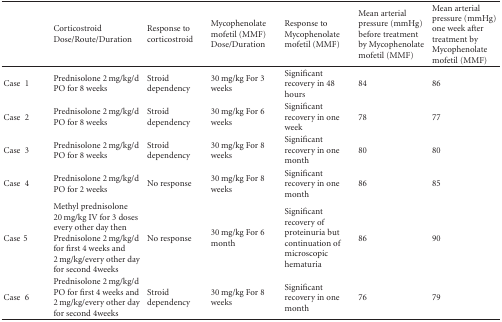
<table><thead><tr><td></td><td><b>Corticostroid Dose/Route/Duration</b></td><td><b>Response to corticostroid</b></td><td><b>Mycophenolate mofetil (MMF) Dose/Duration</b></td><td><b>Response to Mycophenolate mofetil (MMF)</b></td><td><b>Mean arterial pressure (mmHg) before treatment by Mycophenolate mofetil (MMF)</b></td><td><b>Mean arterial pressure (mmHg) one week after treatment by Mycophenolate mofetil (MMF)</b></td></tr></thead><tbody><tr><td>Case1</td><td>Prednisolone 2 mg/kg/d PO for 8 weeks</td><td>Stroid dependency</td><td>30 mg/kg For 3 weeks</td><td>Significant recovery in 48 hours</td><td>84</td><td>86</td></tr><tr><td>Case2</td><td>Prednisolone 2 mg/kg/d PO for 8 weeks</td><td>Stroid dependency</td><td>30 mg/kg For 6 weeks</td><td>Significant recovery in one week</td><td>78</td><td>77</td></tr><tr><td>Case3</td><td>Prednisolone 2 mg/kg/d PO for 8 weeks</td><td>Stroid dependency</td><td>30 mg/kg For 8 weeks</td><td>Significant recovery in one month</td><td>80</td><td>80</td></tr><tr><td>Case4</td><td>Prednisolone 2 mg/kg/d PO for 2 weeks</td><td>No response</td><td>30 mg/kg For 8 weeks</td><td>Significant recovery in one month</td><td>86</td><td>85</td></tr><tr><td>Case 5 </td><td>Methyl prednisolone 20 mg/kg IV for 3 doses every other day then Prednisolone 2 mg/kg/d for first 4 weeks and 2 mg/kg/every other day for second 4weeks</td><td>No response</td><td>30 mg/kg For 6 month</td><td>Significant recovery of proteinuria but continuation of microscopic hematuria</td><td>86</td><td>90</td></tr><tr><td>Case6</td><td>Prednisolone 2 mg/kg/d PO for first 4 weeks and 2 mg/kg/every other day for second 4weeks</td><td>Stroid dependency</td><td>30 mg/kg For 8 weeks</td><td>Significant recovery in one month</td><td>76</td><td>79</td></tr></tbody></table>